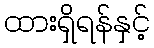
ထားရှိရန်နှင့်